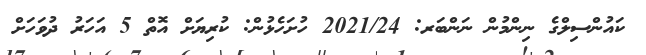
ކައުންސިލްގެ ނިންމުން ނަންބަރ: 2021/24 ހުށަހެޅުން: ކުރިޔަށް އޮތް 5 އަހަރު ދުވަހަށް